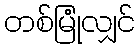
တစ်မြုံလျှင်